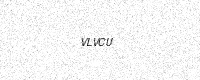
Text: VLVCU